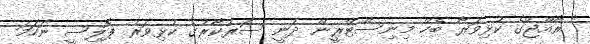
" ރާއްޖޭގެ ކުޅިވަރާ ބެހޭ މިނިސްޓްރީން ދަނީ ސަރުކާރުގެ ކުޅިވަރު ޕޮލިސީ ނަހަމަ